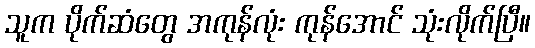
သူက ပိုက်ဆံတွေ အကုန်လုံး ကုန်အောင် သုံးလိုက်ပြီ။